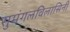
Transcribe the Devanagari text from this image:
सुमंगलविलासिनी